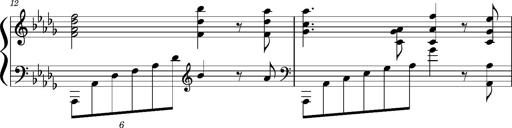
Title: Concerto sans orchestre, S.524a
Composer: Franz Liszt
Key: A major